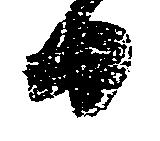
日